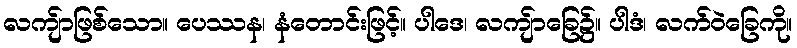
လကျ်ာဖြစ်သော။ ပေဿန၊ နံတောင်းဖြင့်။ ပါဒေ၊ လကျ်ာခြေ၌။ ပါဒံ၊ လက်ဝဲခြေကို။